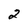
Character: 2